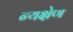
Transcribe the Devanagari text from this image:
न्यक्षेण